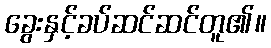
ခွေးနှင့်ခပ်ဆင်ဆင်တူ၏။